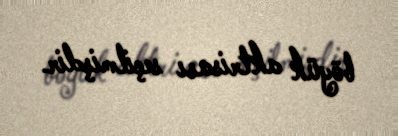
böyük aktrisası seçilmişdir.